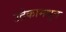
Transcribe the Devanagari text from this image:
उद्रेकामधून